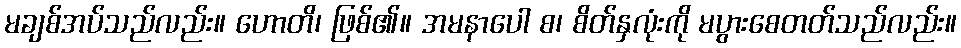
မချစ်အပ်သည်လည်း။ ဟောတိ၊ ဖြစ်၏။ အမနာပေါ စ၊ စိတ်နှလုံးကို မပွားစေတတ်သည်လည်း။